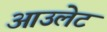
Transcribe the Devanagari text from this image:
आउलेट